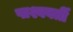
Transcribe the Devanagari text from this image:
पाश्ववर्ती